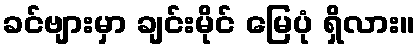
ခင်ဗျားမှာ ချင်းမိုင် မြေပုံ ရှိလား။